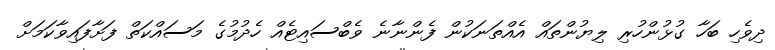
ދިވެހި ބަހާ ގުޅުންހުރި ލިޔުންތައް އެއްތަނަކުން ފެންނާނެ ވެބްސައިޓެއް ހެދުމުގެ މަސައްކަތް ފަށާފައިވާކަމަށް